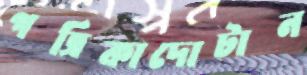
পত্রিকাদোটান